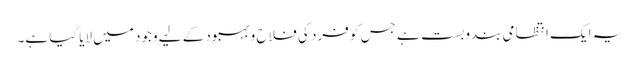
یہ ایک انتظامی بندوبست ہے جس کو فرد کی فلاح و بہبود کے لیے وجود میں لایا گیا ہے۔